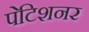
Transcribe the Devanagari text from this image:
पेटिशनर